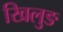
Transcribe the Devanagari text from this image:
खिलुङ